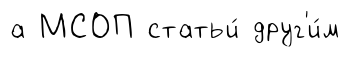
а МСОП статьи́ друг'и́м